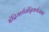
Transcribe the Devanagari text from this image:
इंद्रियार्थसंन्निकर्षजन्य